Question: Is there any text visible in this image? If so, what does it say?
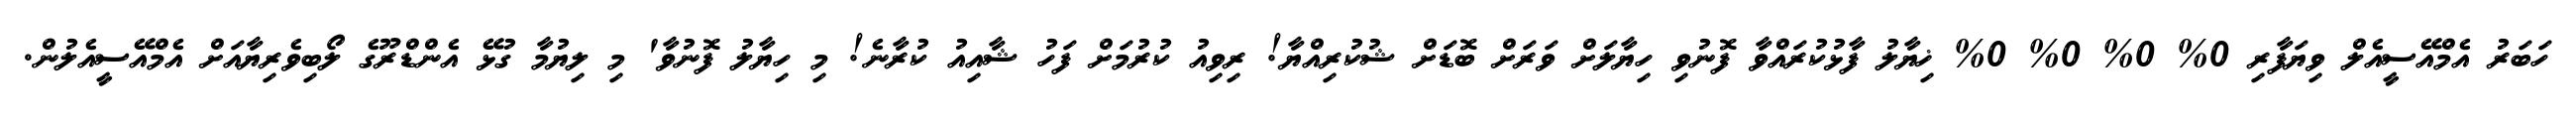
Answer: ހަބަރު އެމްއޭސީއެލް ވިޔަފާރި 0% 0% 0% 0% ޚިޔާލު ފާޅުކުރައްވާ ފޮނުވި ހިޔާލަށް ވަރަށް ބޮޑަށް ޝުކުރިއްޔާ! ރިވިއު ކުރުމަށް ފަހު ޝާއިއު ކުރާނެ! މި ހިޔާލު ފޮނުވާ' މި ލިޔުމާ ގުޅޭ އެންޑްރޫގެ ލޯބިވެރިޔާއަށް އެމްއޭސީއެލުން.